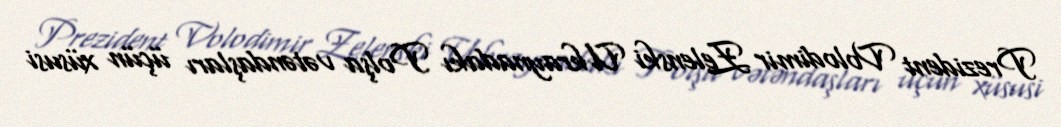
Prezident Volodimir Zelenski Ukraynadakı Polşa vətəndaşları üçün xüsusi